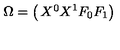
\Omega = \left( \begin{matrix} { X ^ { 0 } } \\ { X ^ { 1 } } \\ { F _ { 0 } } \\ { F _ { 1 } } \\ \end{matrix} \right)